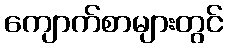
ကျောက်စာများတွင်